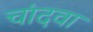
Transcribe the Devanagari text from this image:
चांदवा